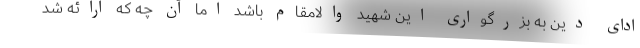
ادای دین به بزرگواری این شهید والامقام باشد اما آن چه که ارائه شد